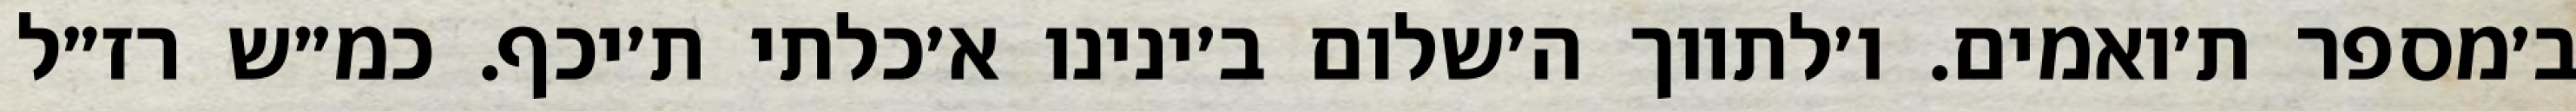
ב׳מספר ת׳ואמים. ו׳לתווך ה׳שלום ב׳ינינו א׳כלתי ת׳יכף. כמ״ש רז״ל